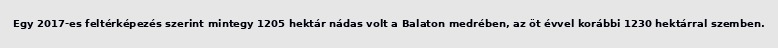
Egy 2017-es feltérképezés szerint mintegy 1205 hektár nádas volt a Balaton medrében, az öt évvel korábbi 1230 hektárral szemben.